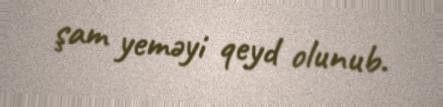
şam yeməyi qeyd olunub.